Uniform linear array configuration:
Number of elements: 48
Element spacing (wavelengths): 0.5
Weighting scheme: kaiser
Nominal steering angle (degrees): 45
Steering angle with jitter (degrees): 46.422
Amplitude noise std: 0.05
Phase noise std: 0.05

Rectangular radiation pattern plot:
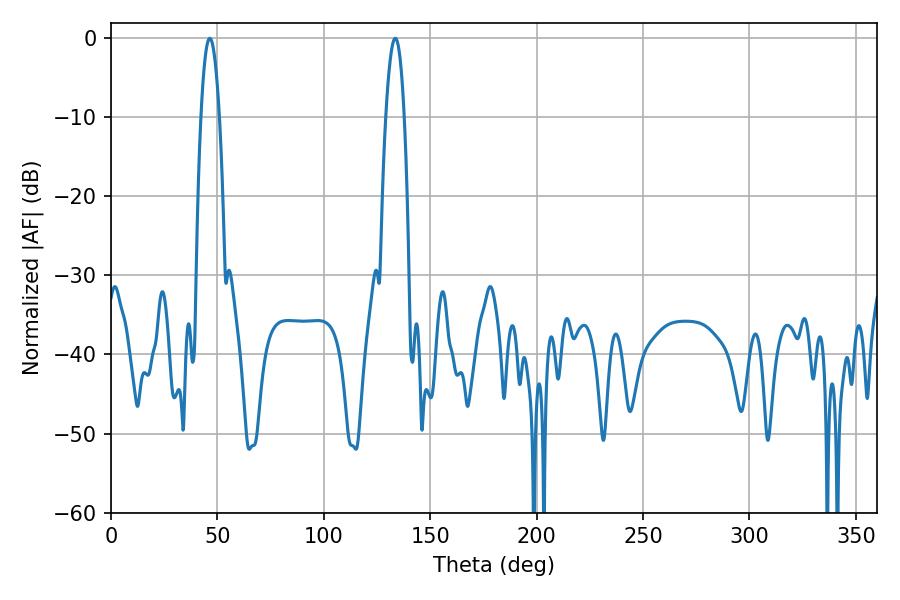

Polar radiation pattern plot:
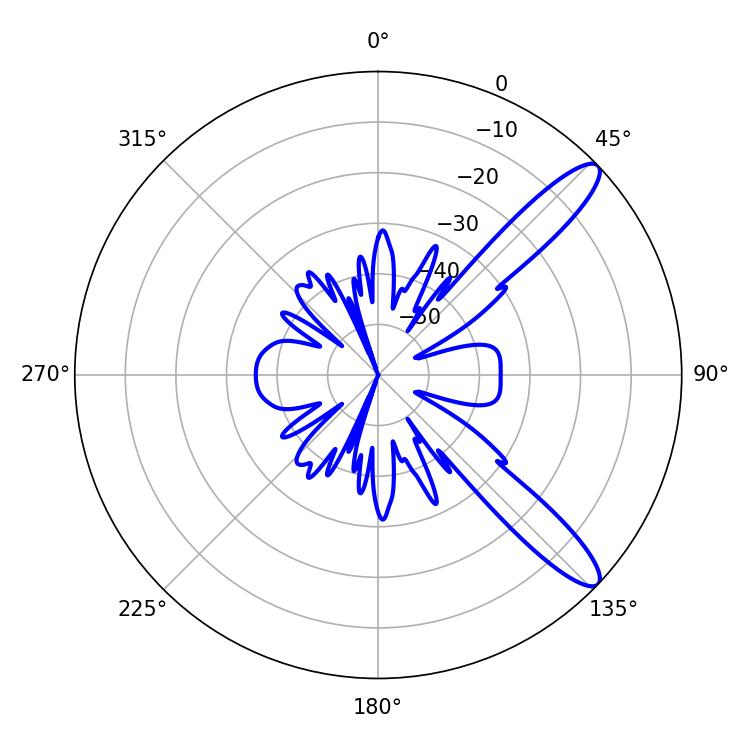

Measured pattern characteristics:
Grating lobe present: FALSE
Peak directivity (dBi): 11.84
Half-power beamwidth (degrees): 4.68
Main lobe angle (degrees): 133.56